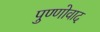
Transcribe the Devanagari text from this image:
पुण्णोवाद